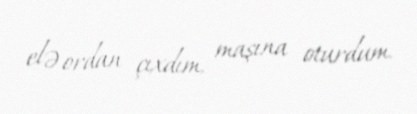
elə ordan çıxdım, maşına oturdum.